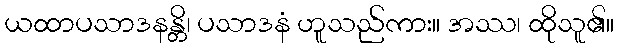
ယထာပသာဒနန္တိ၊ ပသာဒနံ ဟူသည်ကား။ အဿ၊ ထိုသူ၏။